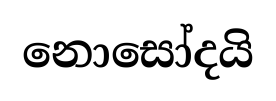
නොසෝදයි